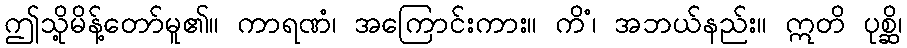
ဤသို့မိန့်တော်မူ၏။ ကာရဏံ၊ အကြောင်းကား။ ကိံ၊ အဘယ်နည်း။ ဣတိ ပုစ္ဆိ၊